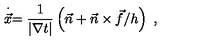
\stackrel { \cdot } { \vec { x } } = \frac { 1 } { | \nabla t | } \left( \vec { n } + \vec { n } \times \vec { f } / h \right) \ ,